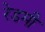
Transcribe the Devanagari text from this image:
रेडमी